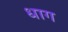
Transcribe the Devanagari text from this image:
धाग